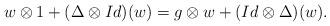
LaTeX: \begin{align*}w\otimes 1+(\Delta\otimes Id)(w)= g\otimes w+(Id\otimes \Delta)(w).\end{align*}